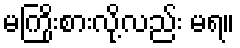
မကြိုးစားလို့လည်း မရ။